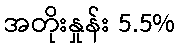
အတိုးနှုန်း 5.5%